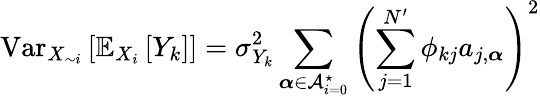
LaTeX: \operatorname{Var}_{X_{\sim i}}\left[\mathbb{E}_{X_{i}}\left[Y_{k}\right]\right]=\sigma_{Y_{k}}^{2}\sum_{\boldsymbol{\alpha}\in\mathcal{A}_{i=0}^{\star}}\left(\sum_{j=1}^{N^{\prime}}\phi_{kj}a_{j,\boldsymbol{\alpha}}\right)^{2}